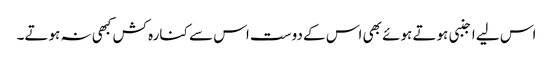
اس لیے اجنبی ہوتے ہوئے بھی اس کے دوست اس سے کنارہ کش کبھی نہ ہوتے۔